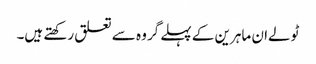
ٹولےان ماہرین کے پہلے گروہ سے تعلق رکھتے ہیں۔